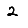
Digit: 2